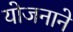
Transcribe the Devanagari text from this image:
योजनाने